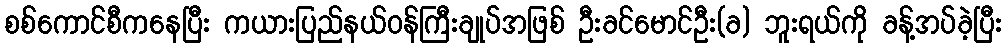
စစ်ကောင်စီကနေပြီး ကယားပြည်နယ်ဝန်ကြီးချုပ်အဖြစ် ဦးခင်မောင်ဦး(ခ) ဘူးရယ်ကို ခန့်အပ်ခဲ့ပြီး